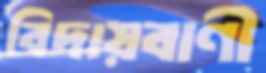
বিদায়বাণী